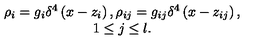
\begin{array} { c } { \rho _ { i } = g _ { i } \delta ^ { 4 } \left( x - z _ { i } \right) , \rho _ { i j } = g _ { i j } \delta ^ { 4 } \left( x - z _ { i j } \right) , } \\ { 1 \leq j \leq l . } \\ \end{array}